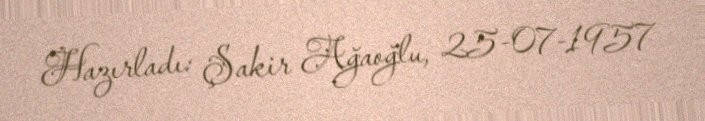
Hazırladı: Şakir Ağaoğlu, 25-07-1957